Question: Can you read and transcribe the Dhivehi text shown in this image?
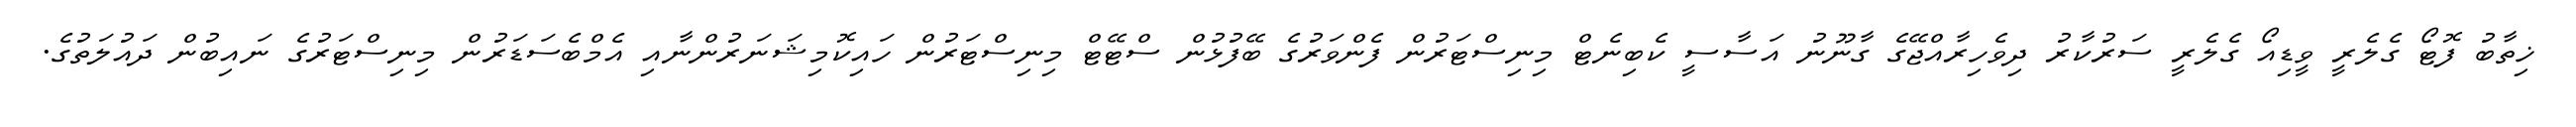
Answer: ޚިތާބު ފޮޓޯ ގެލެރީ ވީޑިއޯ ގެލެރީ ސަރުކާރު ދިވެހިރާއްޖޭގެ ގާނޫނު އަސާސީ ކެބިނެޓް މިނިސްޓަރުން ފެންވަރުގެ ބޭފުޅުން ސްޓޭޓް މިނިސްޓަރުން ހައިކޮމިޝަނަރުންނާއި އެމްބެސަޑަރުން މިނިސްޓަރުގެ ނައިބުން ދައުލަތުގެ.